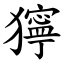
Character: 獰